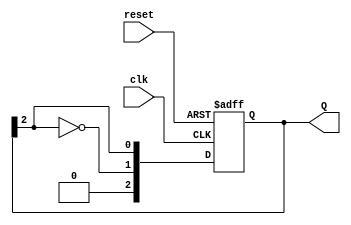
module JohnsonCounter #(parameter N = 3) (
    input wire clk,          // Clock signal
    input wire reset,        // Asynchronous reset
    output reg [N-1:0] Q     // Output state of the counter
);

    // Always block triggered on the rising edge of the clock or on reset
    always @(posedge clk or posedge reset) begin
        if (reset) begin
            Q <= 0; // Initialize the counter to 0 on reset
        end else begin
            // Shift the state and feed back the inverted last flip-flop output
            Q <= {~Q[N-1], Q[N-1:N-1]}; // Shift and feedback
        end
    end

endmodule